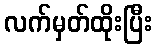
လက်မှတ်ထိုးပြီး